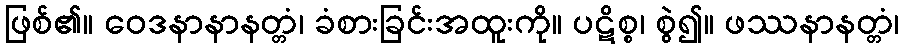
ဖြစ်၏။ ဝေဒနာနာနတ္တံ၊ ခံစားခြင်းအထူးကို။ ပဋိစ္စ၊ စွဲ၍။ ဖဿနာနတ္တံ၊